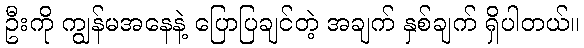
ဦးကို ကျွန်မအနေနဲ့ ပြောပြချင်တဲ့ အချက် နှစ်ချက် ရှိပါတယ်။